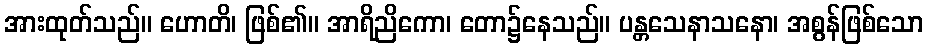
အားထုတ်သည်။ ဟောတိ၊ ဖြစ်၏။ အာရိညိကော၊ တော၌နေသည်။ ပန္တသေနာသနော၊ အစွန်ဖြစ်သော